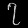
Digit: ၇